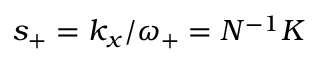
s _ { + } = k _ { x } / \omega _ { + } = N ^ { - 1 } K